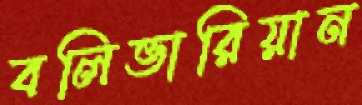
বলিভারিয়ান